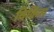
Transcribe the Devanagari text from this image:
विकिंस